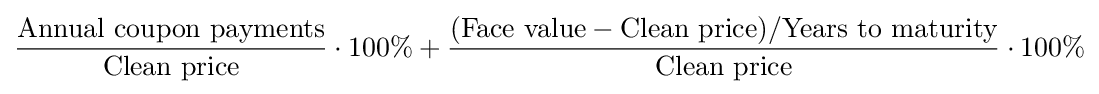
{\frac {\text{Annual coupon payments}}{\text{Clean price}}}\cdot 100\%+{\frac {({\text{Face value}}-{\text{Clean price}})/{\text{Years to maturity}}}{\text{Clean price}}}\cdot 100\%